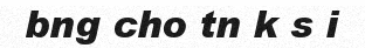
bng cho tn k s i